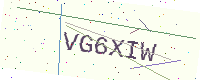
Text: VG6XIW